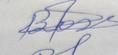
Signature authenticity: genuine